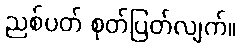
ညစ်ပတ် စုတ်ပြတ်လျက်။